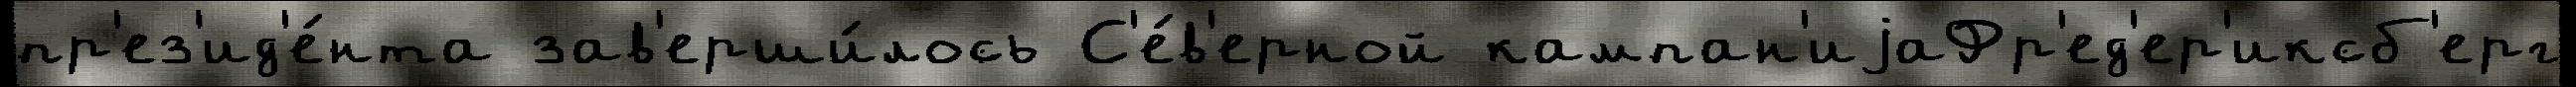
пр'ез'ид'е́нта зав'ерши́лось С'е́в'ерной кампан'иjаФр'ед'ер'иксб'ерг